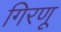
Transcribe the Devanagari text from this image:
गिरणू